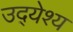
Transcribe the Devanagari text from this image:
उद्‍येश्य